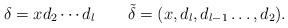
LaTeX: \begin{align*}\delta = x d_2 \cdots d_l \quad\quad\tilde{\delta}=(x,d_l,d_{l-1}\dots,d_2).\end{align*}